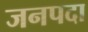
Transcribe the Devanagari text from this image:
जनपदा